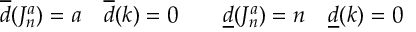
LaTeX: \overline { { { d } } } ( J _ { n } ^ { a } ) = a \quad \overline { { { d } } } ( k ) = 0 \qquad \underline { { { d } } } ( J _ { n } ^ { a } ) = n \quad \underline { { { d } } } ( k ) = 0